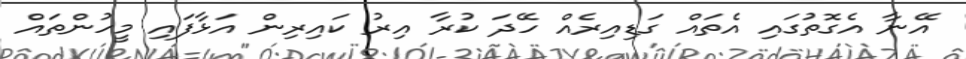
އޭނާ އެގޮތުގައި އެތައް ގަޑިއިރެއް ހޭދަ ކުރާ އިރު ކައިރިން އަޅާފައި މީހުންތައް